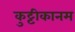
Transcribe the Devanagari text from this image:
कुट्टीकानम